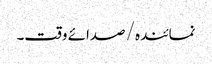
نمائندہ/ صدائے وقت۔